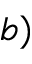
b )